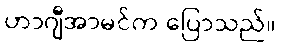
ဟာဂျီအာမင်က ပြောသည်။